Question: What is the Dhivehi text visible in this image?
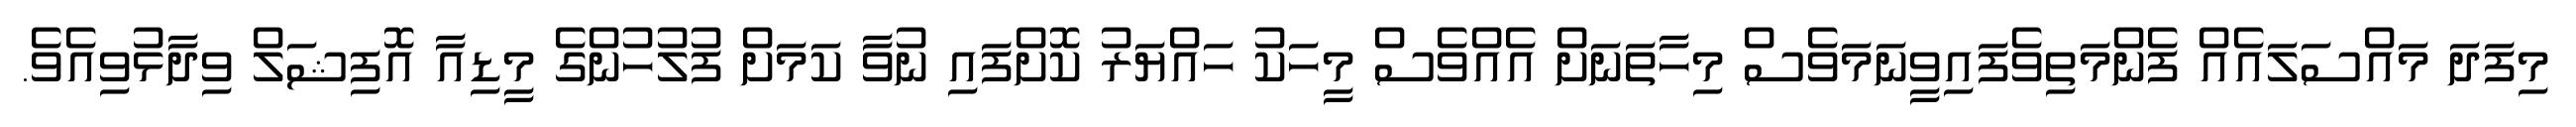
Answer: މިފަދަ މައްސަލައެއް ފެންމަތިވެފައިވީނަމަވެސް މިހާތަނަށް އެއްވެސް މީހަކު ހައްޔަރު ކޮށްފައި ނުވާ ކަމަށް ފުލުހުންގެ މީޑިއާ އޮފިޝަލް ވިދާޅުވިއެވެ.